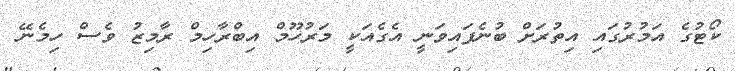
ކޯޓުގެ އަމުރުގައި އިތުރަށް ބުނެފައިވަނީ އެގެއަކީ މަރުހޫމް އިބްރާހިމް ރާމިޒު ވެސް ހިމެނޭ